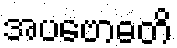
အပဗောဓတိ